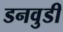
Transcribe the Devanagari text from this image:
डनवुडी